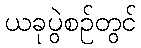
ယခုပွဲစဉ်တွင်